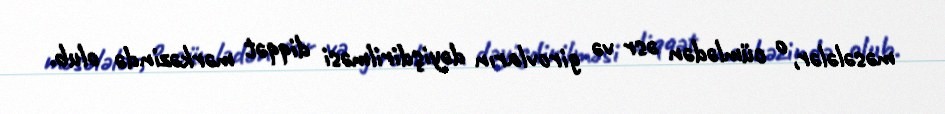
məsələlər, o cümlədən əsr və girovların dəyişdirilməsi diqqət mərkəzində olub.